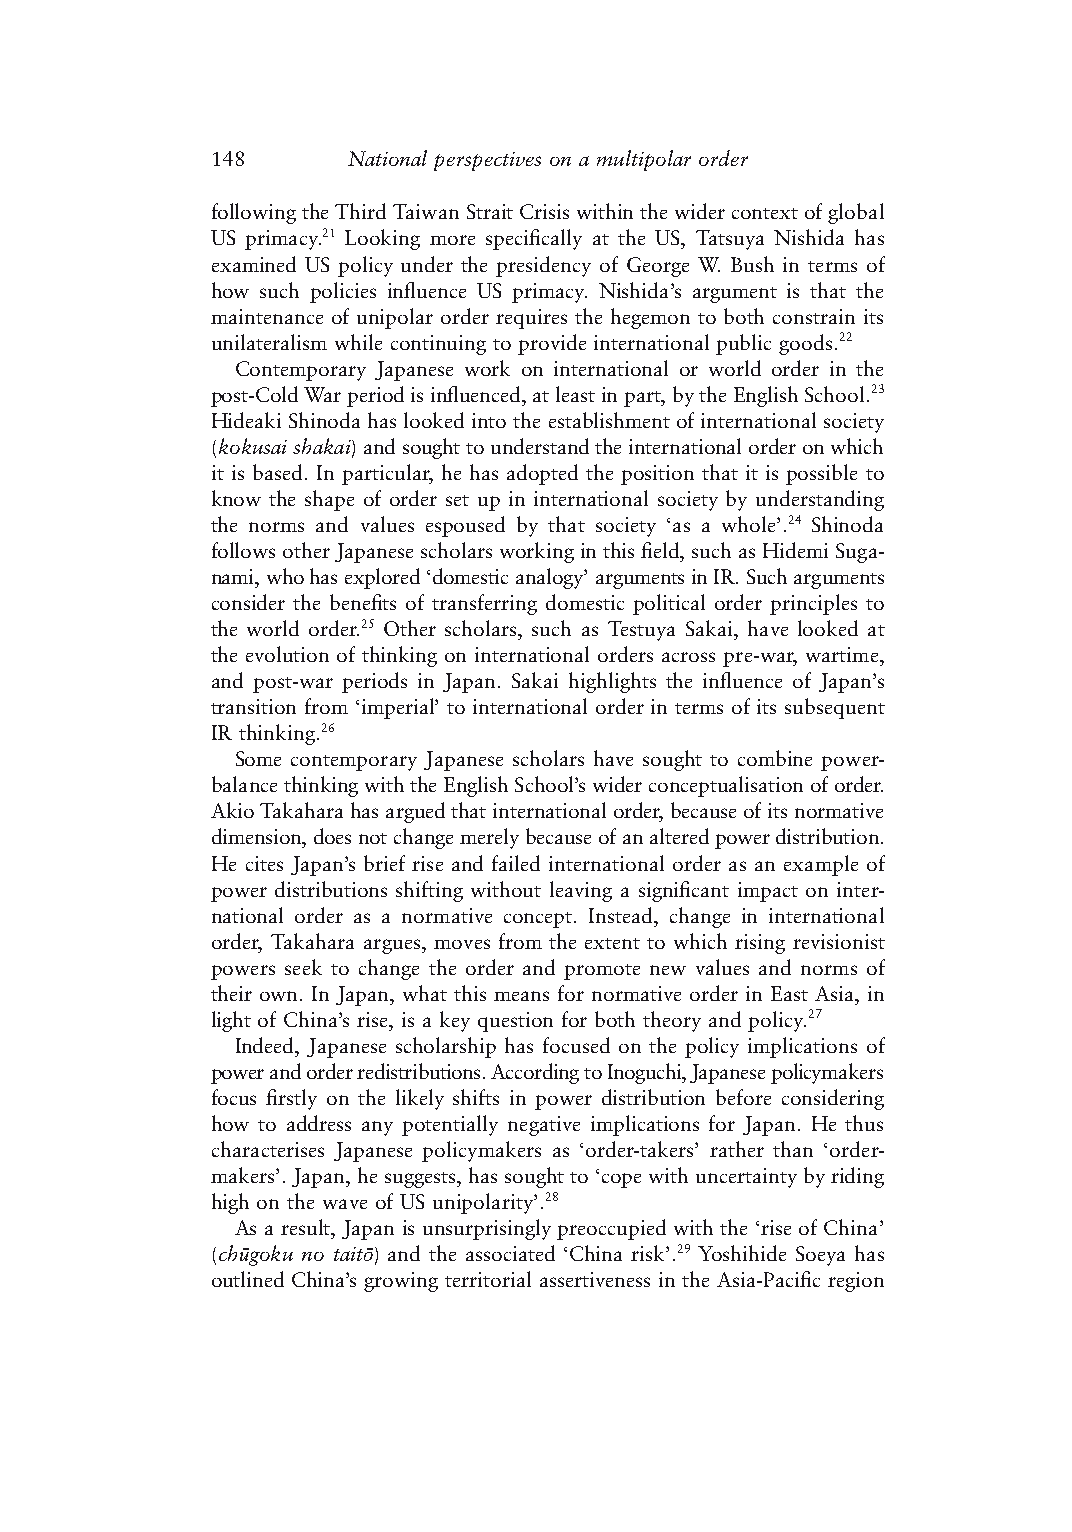
148      National perspectives on a multipolar order
 following the Third Taiwan Strait Crisis within the wider context of global
 US primacy.21 Looking more specifically at the US, Tatsuya Nishida has
 examined US policy under the presidency of George W. Bush in terms of
 how such policies influence US primacy. Nishida’s argument is that the
 maintenance of unipolar order requires the hegemon to both constrain its
 unilateralism while continuing to provide international public goods.22
 Contemporary Japanese work on international or world order in the
 post-Cold War period is influenced, at least in part, by the English School.23
 Hideaki Shinoda has looked into the establishment of international society
 (kokusai shakai) and sought to understand the international order on which
 it is based. In particular, he has adopted the position that it is possible to
 know the shape of order set up in international society by understanding
 the norms and values espoused by that society ‘as a whole’.24 Shinoda
 follows other Japanese scholars working in this field, such as Hidemi Suga-
 nami, who has explored ‘domestic analogy’ arguments in IR. Such arguments
 consider the benefits of transferring domestic political order principles to
 the world order.25 Other scholars, such as Testuya Sakai, have looked at
 the evolution of thinking on international orders across pre-war, wartime,
 and post-war periods in Japan. Sakai highlights the influence of Japan’s
 transition from ‘imperial’ to international order in terms of its subsequent
 IR thinking.26
 Some contemporary Japanese scholars have sought to combine power-
 balance thinking with the English School’s wider conceptualisation of order.
 Akio Takahara has argued that international order, because of its normative
 dimension, does not change merely because of an altered power distribution.
 He cites Japan’s brief rise and failed international order as an example of
 power distributions shifting without leaving a significant impact on inter-
 national order as a normative concept. Instead, change in international
 order, Takahara argues, moves from the extent to which rising revisionist
 powers seek to change the order and promote new values and norms of
 their own. In Japan, what this means for normative order in East Asia, in
 light of China’s rise, is a key question for both theory and policy.27
 Indeed, Japanese scholarship has focused on the policy implications of
 power and order redistributions. According to Inoguchi, Japanese policymakers
 focus firstly on the likely shifts in power distribution before considering
 how to address any potentially negative implications for Japan. He thus
 characterises Japanese policymakers as ‘order-takers’ rather than ‘order-
 makers’. Japan, he suggests, has sought to ‘cope with uncertainty by riding
 high on the wave of US unipolarity’.28
 As a result, Japan is unsurprisingly preoccupied with the ‘rise of China’
 (chūgoku no taitō) and the associated ‘China risk’.29 Yoshihide Soeya has
 outlined China’s growing territorial assertiveness in the Asia-Pacific region